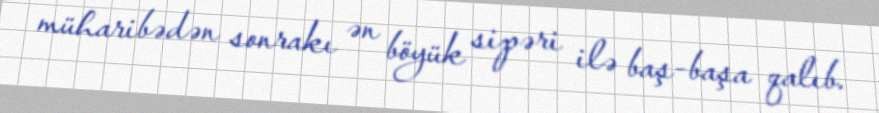
müharibədən sonrakı ən böyük sipəri ilə baş-başa qalıb.